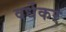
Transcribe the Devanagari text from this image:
वर्धेकर